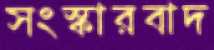
সংস্কারবাদ